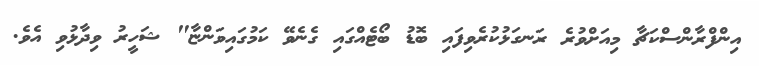
އިންފްރާންސްކަޗާ މިއަށްވުރެ ރަނގަޅުކުރެވިފައި ބޮޑު ބޯޓެއްގައި ގެނެވޭ ކަމުގައިވަންޏާ" ޝަހީރު ވިދާޅުވި އެވެ.